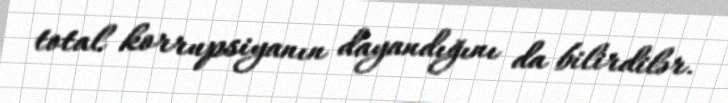
total korrupsiyanın dayandığını da bilirdilər.